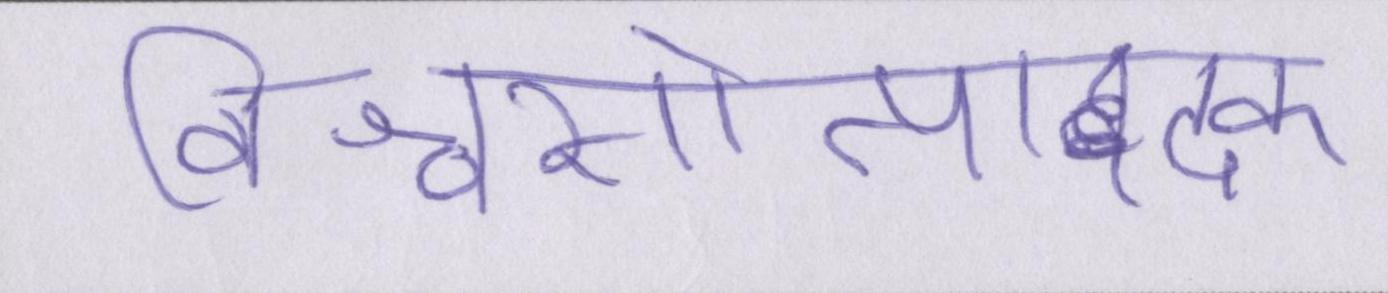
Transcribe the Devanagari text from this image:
विश्वासोत्पादक